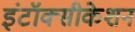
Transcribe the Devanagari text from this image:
इंटॉक्सीकेशन